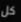
كل